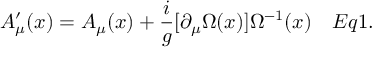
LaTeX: A _ { \mu } ^ { \prime } ( x ) = A _ { \mu } ( x ) + { \frac { i } { g } } [ \partial _ { \mu } \Omega ( x ) ] \Omega ^ { - 1 } ( x ) \quad E q 1 .